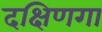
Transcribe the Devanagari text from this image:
दक्षिणगा